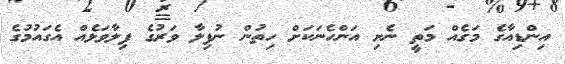
އިންޑިއާގެ މަގެއް މަތީ ނެށި އަންހެނަކަށް ހިތުން ނުފިލާ ވަރުގެ ފިލާވަޅެއް އެގައުމުގެ